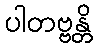
ပါတဗ္ဗန္တိ